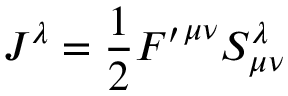
J ^ { \lambda } = \frac { 1 } { 2 } { F ^ { \prime } } ^ { { \mu } { \nu } } S _ { { \mu } { \nu } } ^ { \lambda }